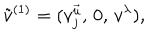
\tilde { v } ^ { ( 1 ) } = ( v _ { j } ^ { \vec { u } } , \, 0 , \, v ^ { \lambda } ) ,